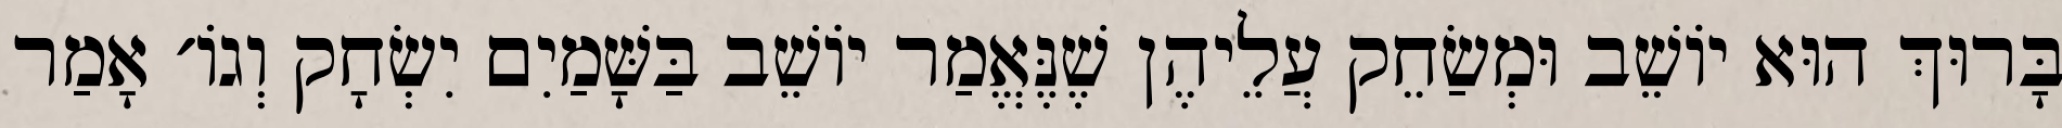
בָּרוּךְ הוּא יוֹשֵׁב וּמְשַׂחֵק עֲלֵיהֶן שֶׁנֶּאֱמַר יוֹשֵׁב בַּשָּׁמַיִם יִשְׂחָק וְגוֹ׳ אָמַר